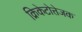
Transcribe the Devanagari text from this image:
क्रिकेटोत्तेजक